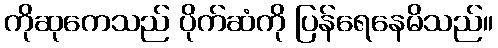
ကိုဆုကေသည် ပိုက်ဆံကို ပြန်ရေနေမိသည်။